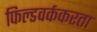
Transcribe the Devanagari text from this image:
फिल्डवर्ककरता